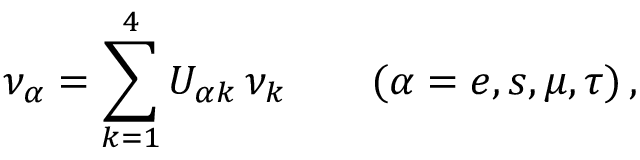
\nu _ { \alpha } = \sum _ { k = 1 } ^ { 4 } U _ { \alpha k } \, \nu _ { k } \qquad ( \alpha = e , s , \mu , \tau ) \, ,